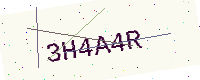
Text: 3H4A4R